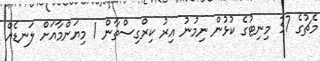
މެޗުގެ 37 މިނިޓުގެ ކުޅުން ނިމުނު އިރު ކިރްގިސްތާން 1 މިޔަންމާއަށް ލަނޑެއް